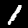
Digit: 1